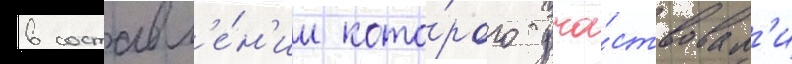
в составл'е́н'ии кото́рого уча́ствовал'и